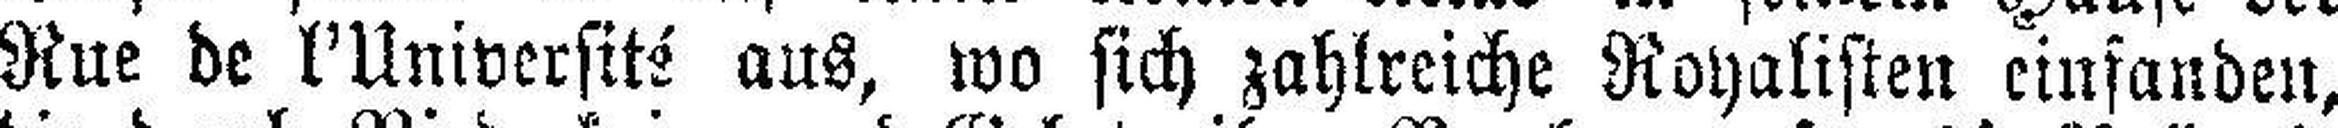
Rue de l’Université aus, wo sich zahlreiche Royalisten einfanden,